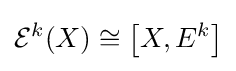
{\mathcal {E}}^{k}(X)\cong \left[X,E^{k}\right]